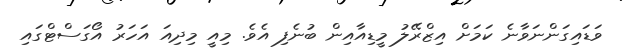
ވަޑައިގަންނަވާނެ ކަމަށް އިޒްރޭލު މީޑިއާއިން ބުނެފި އެވެ. މިއީ މިދިއަ އަހަރު އޯގަސްޓްގައި